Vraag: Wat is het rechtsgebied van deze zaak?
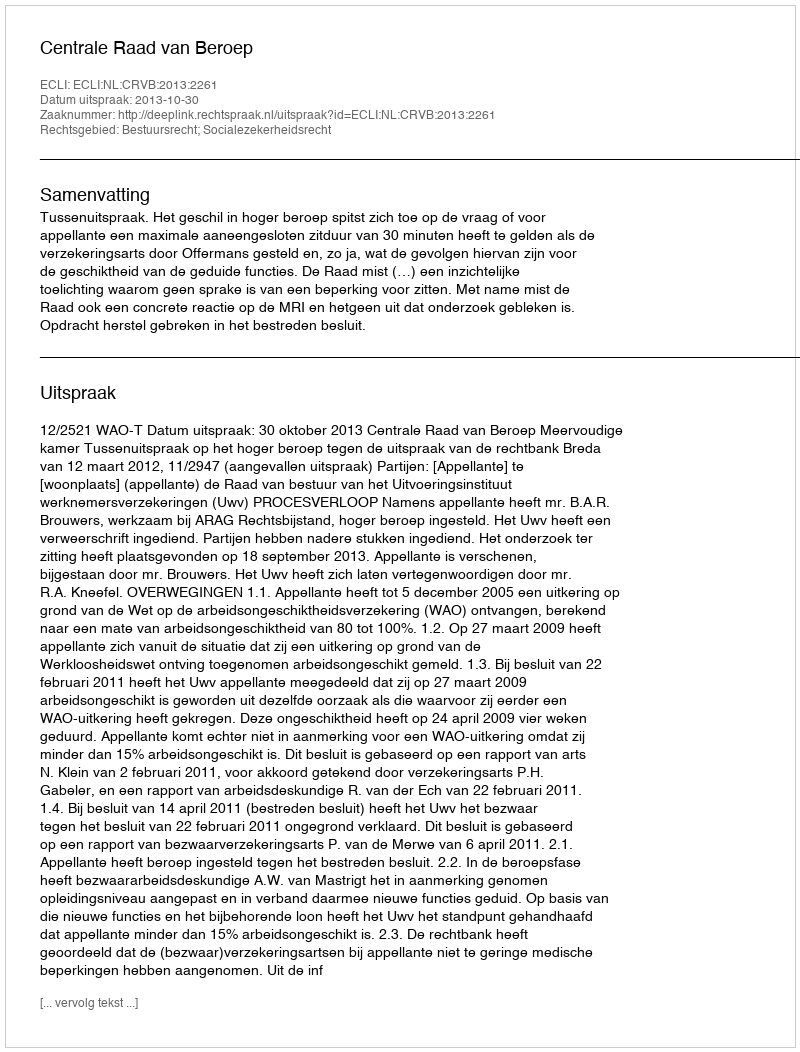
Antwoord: Bestuursrecht; Socialezekerheidsrecht